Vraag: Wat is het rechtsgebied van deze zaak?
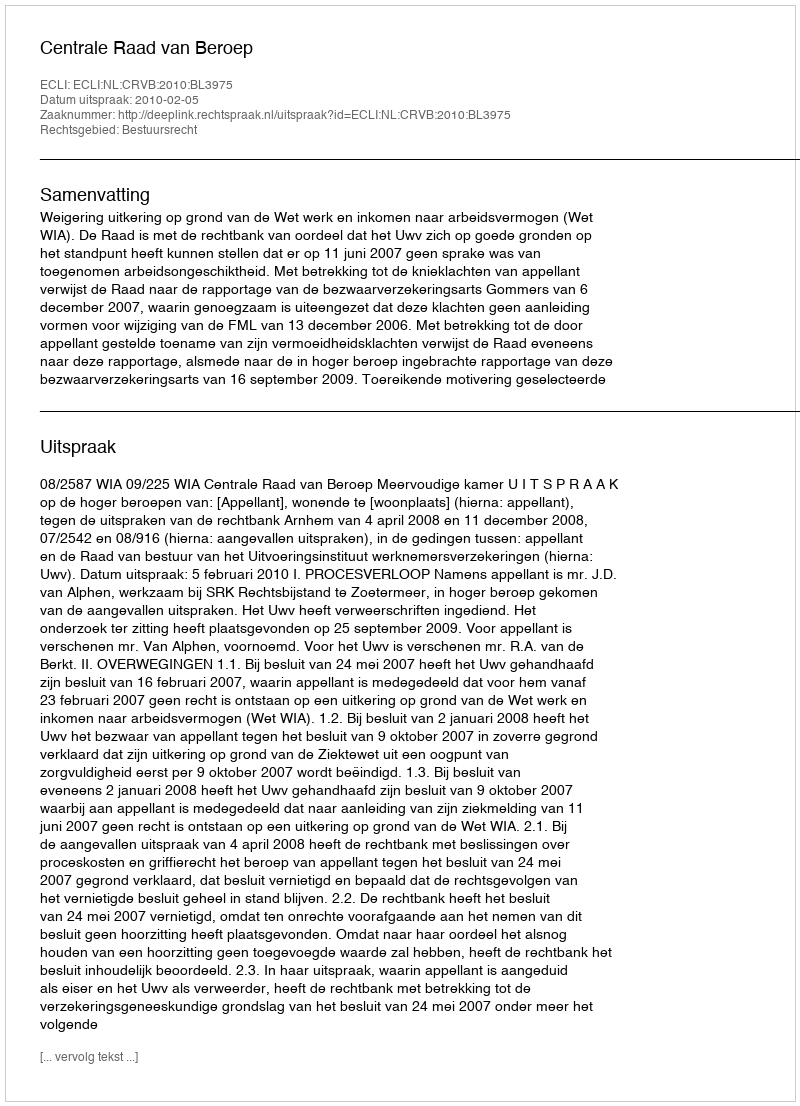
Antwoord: Bestuursrecht